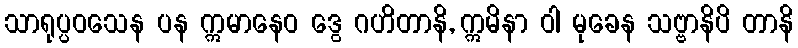
သာရုပ္ပဝသေန ပန ဣမာနေဝ ဒွေ ဂဟိတာနိ, ဣမိနာ ဝါ မုခေန သဗ္ဗာနိပိ တာနိ